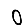
Digit: 0